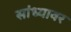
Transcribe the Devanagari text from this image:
सांध्यावर